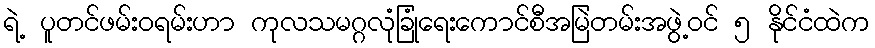
ရဲ့ ပူတင်ဖမ်း၀ရမ်းဟာ ကုလသမဂ္ဂလုံခြုံရေးကောင်စီအမြဲတမ်းအဖွဲ့ဝင် ၅ နိုင်ငံထဲက